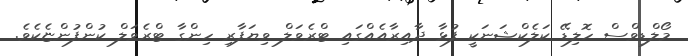
މޯލްޑިވްސް ހޮލިޑޭ ކަލެކްޝަނަކީ ފުޅާ ދާއިރާއެއްގައި ޓްރެވަލް ވިޔަފާރި ހިންގާ ޓްރެވަލް ކުންފުންޏެކެވެ.